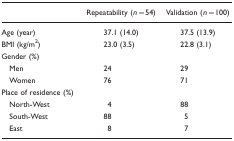
<table><thead><tr><td></td><td><b>Repeatability (<i>n</i>=54)</b></td><td><b>Validation (<i>n</i>=100)</b></td></tr></thead><tbody><tr><td>Age (year)</td><td>37.1 (14.0)</td><td>37.5 (13.9)</td></tr><tr><td>BMI (kg/m<sup>2</sup>)</td><td>23.0 (3.5)</td><td>22.8 (3.1)</td></tr><tr><td colspan="3">Gender (%)</td></tr><tr><td> Men</td><td>24</td><td>29</td></tr><tr><td> Women</td><td>76</td><td>71</td></tr><tr><td colspan="3">Place of residence (%)</td></tr><tr><td> North-West</td><td>4</td><td>88</td></tr><tr><td> South-West</td><td>88</td><td>5</td></tr><tr><td> East</td><td>8</td><td>7</td></tr></tbody></table>